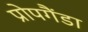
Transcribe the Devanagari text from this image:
प्रोपगैंडा